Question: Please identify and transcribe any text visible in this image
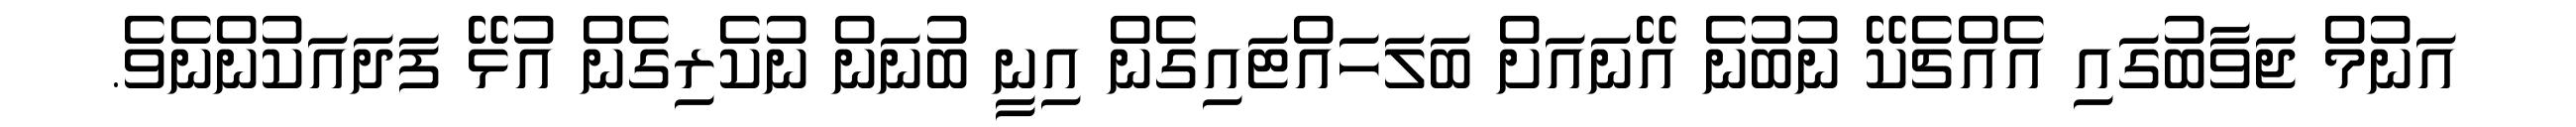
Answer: އަނުމް ޖަވާބުގައި އެއްޗެކޭ ނުބުނެ އޭނައަށް ބަލަހައްޓައިގެން އިނީ ބުނަން ނުކެރިގެން އުޅޭ ފަދައަކުންނެވެ.